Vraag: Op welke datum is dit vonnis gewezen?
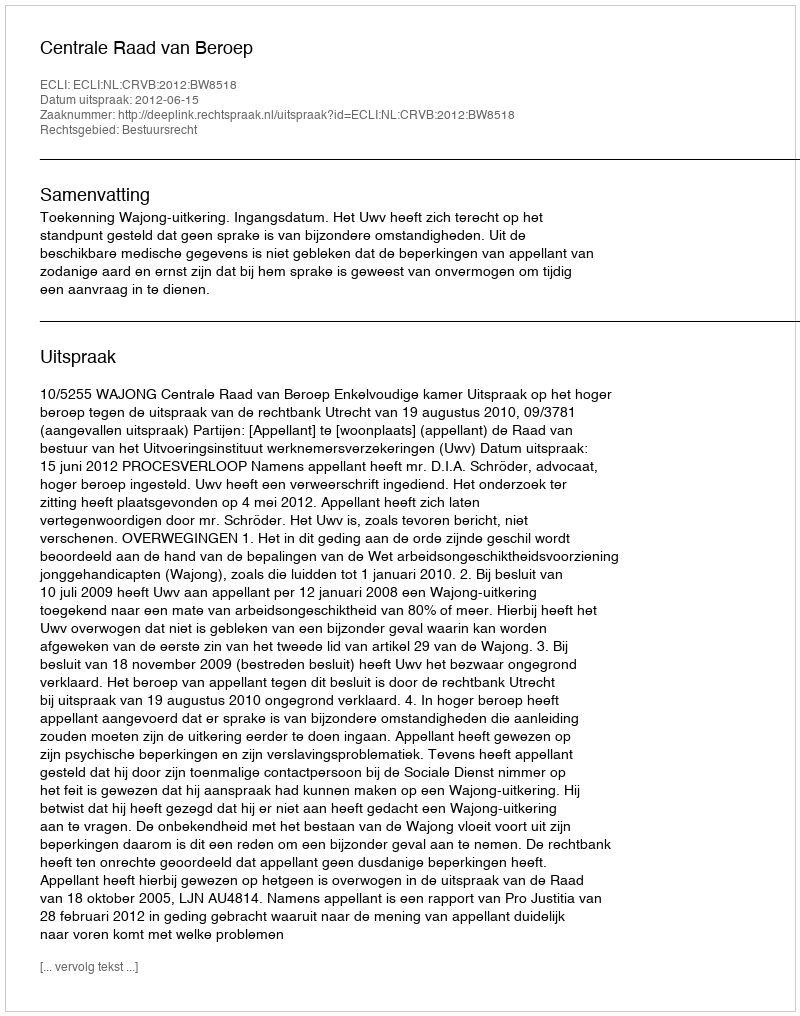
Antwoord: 2012-06-15